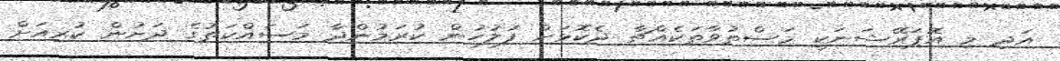
އަދި މި އޮޕަރޭޝަނަކީ މަސްތުވާތަކެއްޗާ ދެކޮޅަށް ފުލުހުން ކުރަމުންދާ މަސައްކަތުގެ ދަށުން ކުރިއަށް